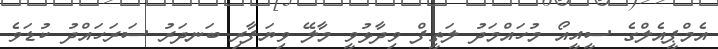
އެމްޕީއެލްގެ ސީއީއޯ މުހައްމަދު ލަތީފް ވިދާޅުވީ މާލޭ ވިޔަފާރި ބަނދަރު ސަރަހައްދު ކުޑަވެ